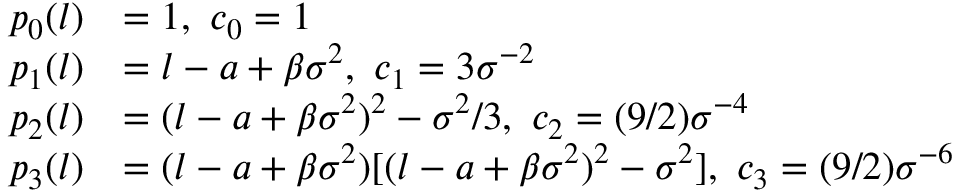
\begin{array} { r l } { p _ { 0 } ( l ) } & { = 1 , \ c _ { 0 } = 1 } \\ { p _ { 1 } ( l ) } & { = l - a + \beta \sigma ^ { 2 } , \ c _ { 1 } = 3 \sigma ^ { - 2 } } \\ { p _ { 2 } ( l ) } & { = ( l - a + \beta \sigma ^ { 2 } ) ^ { 2 } - \sigma ^ { 2 } / 3 , \ c _ { 2 } = ( 9 / 2 ) \sigma ^ { - 4 } } \\ { p _ { 3 } ( l ) } & { = ( l - a + \beta \sigma ^ { 2 } ) [ ( l - a + \beta \sigma ^ { 2 } ) ^ { 2 } - \sigma ^ { 2 } ] , \ c _ { 3 } = ( 9 / 2 ) \sigma ^ { - 6 } } \end{array}